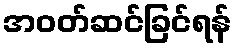
အဝတ်ဆင်ခြင်ရန်